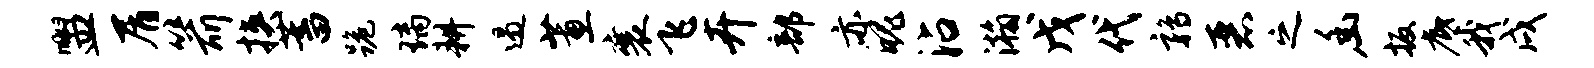
盥屑箭挟蓄跪璃耕遏蕙襄飞卉部亦魄沾瀚戊代鹑恶之幽扳底我戌